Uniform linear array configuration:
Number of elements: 24
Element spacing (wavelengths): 1
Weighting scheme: binomial
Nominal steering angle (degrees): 15
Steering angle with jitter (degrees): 14.134
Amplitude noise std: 0.05
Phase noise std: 0.05

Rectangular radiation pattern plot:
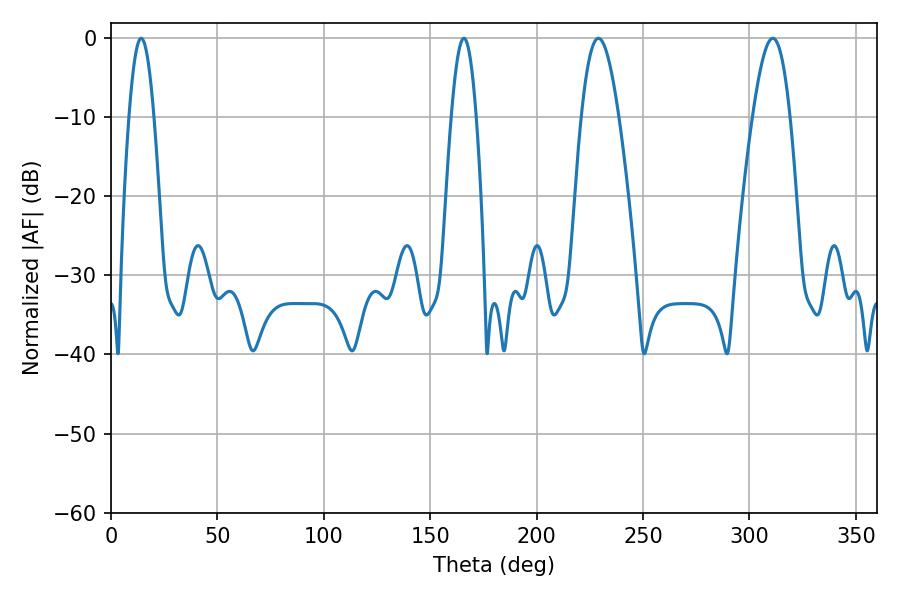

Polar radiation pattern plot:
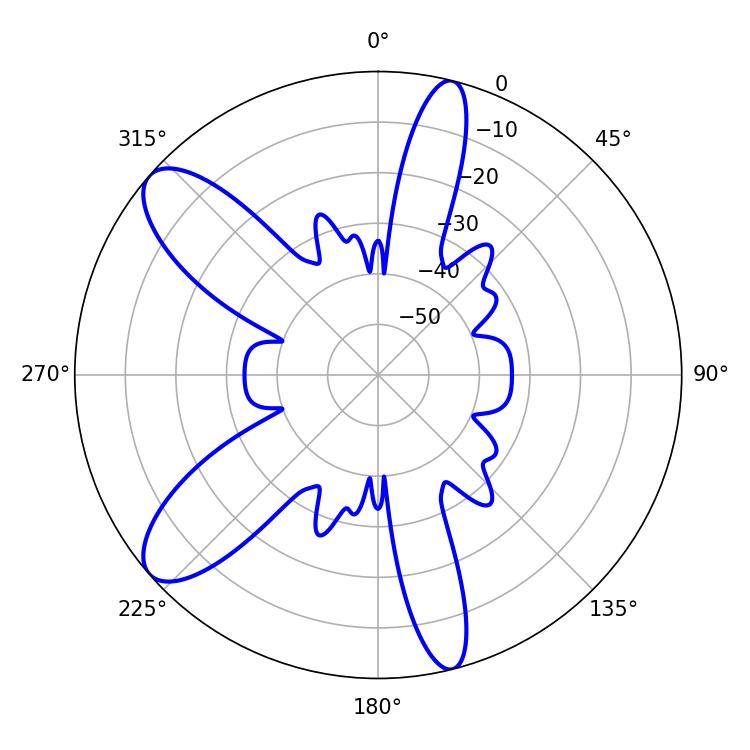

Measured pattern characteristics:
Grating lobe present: TRUE
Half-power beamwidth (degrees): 6.48
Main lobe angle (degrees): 14.22